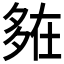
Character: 𡖪